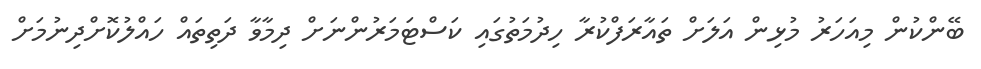
ބޭންކުން މިއަހަރު މުޅިން އަލަށް ތައާރަފްކުރާ ހިދުމަތުގައި ކަސްޓަމަރުންނަށް ދިމާވާ ދަތިތައް ހައްލުކޮށްދިނުމަށް